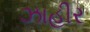
ઝાહીર